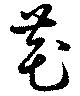
花